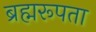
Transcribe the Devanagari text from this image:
ब्रह्मरूपता